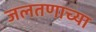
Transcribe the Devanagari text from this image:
जलतणाच्या